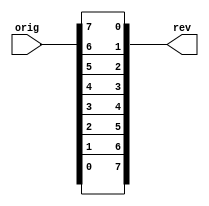
module bit_reverse #(parameter BIT_WIDTH = 8)
					  (input [BIT_WIDTH-1:0] orig,   
                       output reg [BIT_WIDTH-1:0] rev
                      );
                      
    always @(orig) begin : reversing_block // Adjusted for Verilog compatability
        integer n;
        for (n=0; n < BIT_WIDTH; n=n+1) begin
            rev[n] <= orig[BIT_WIDTH-n-1];
        end
    end                  

endmodule